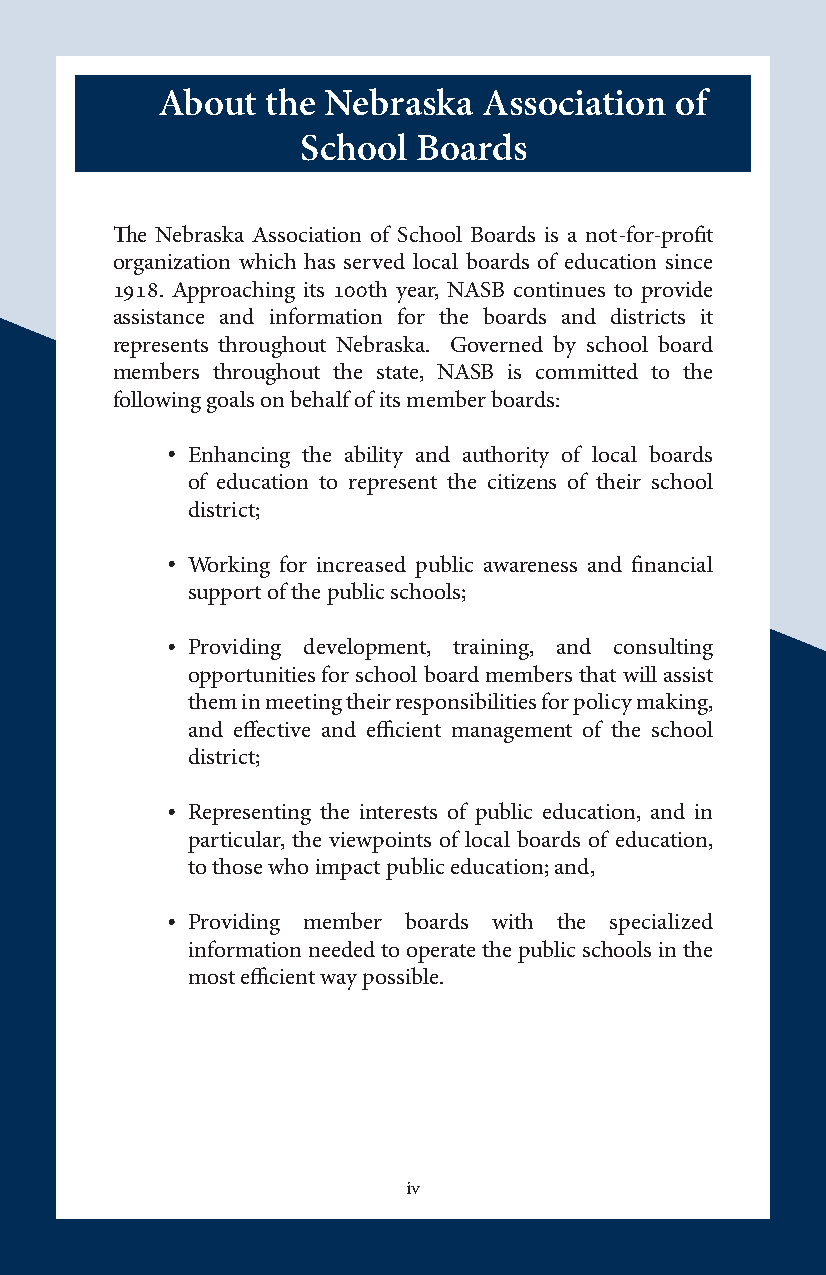
About   the Nebraska  Association  of
 School  Boards
 The Nebraska Association of School Boards is a not-for-profit
 organization which has served local boards of education since
 1918. Approaching its 100th year, NASB continues to provide
 assistance and information for the boards and districts it
 represents throughout Nebraska. Governed by school board
 members throughout the state, NASB is committed to the
 following goals on behalf of its member boards:
 • Enhancing the ability and authority of local boards
 of education to represent the citizens of their school
 district;
 • Working for increased public awareness and financial
 support of the public schools;
 • Providing development, training, and consulting
 opportunities for school board members that will assist
 them in meeting their responsibilities for policy making,
 and effective and efficient management of the school
 district;
 • Representing the interests of public education, and in
 particular, the viewpoints of local boards of education,
 to those who impact public education; and,
 • Providing member boards with the specialized
 information needed to operate the public schools in the
 most efficient way possible.
 iv